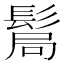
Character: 𩭊